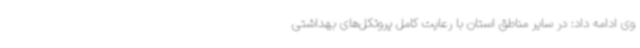
وی ادامه داد: در سایر مناطق استان با رعایت کامل پروتکل‌های بهداشتی